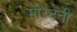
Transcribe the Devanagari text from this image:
मोरटती